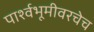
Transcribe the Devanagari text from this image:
पार्श्वभूमीवरचेच